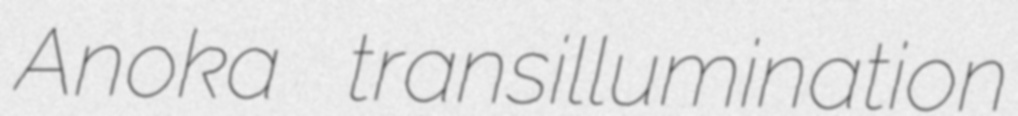
Anoka transillumination